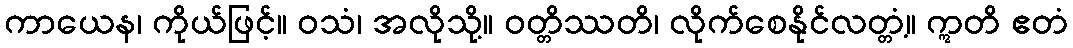
ကာယေန၊ ကိုယ်ဖြင့်။ ဝသံ၊ အလိုသို့။ ဝတ္တိဿတိ၊ လိုက်စေနိုင်လတ္တံ့။ ဣတိ ဧတံ